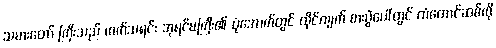
သမားတော် ကြီးသည် ကက်သရင်း ဘုရင်မကြီး၏ ပုံအောက်တွင် ထိုင်လျက် စားပွဲပေါ်တွင် တံတောင်ဆစ်ကို